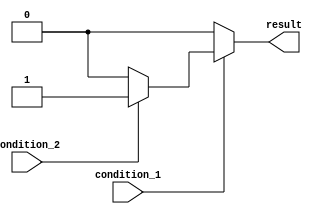
module nested_if_else_example (
    input wire condition_1,
    input wire condition_2,
    output reg result
);

always @(*) begin
    if (condition_1) begin
        if (condition_2) begin
            result <= 1;
        end else begin
            result <= 0;
        end
    end else begin
        result <= 0;
    end
end

endmodule